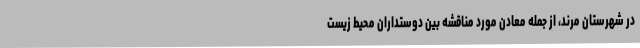
در شهرستان مرند، از جمله معادن مورد مناقشه بین دوستداران محیط زیست